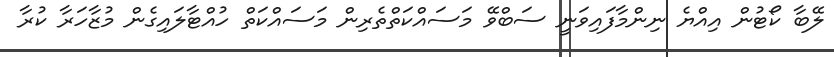
ލޭބާ ކޯޓުން އިއްޔެ ނިންމާފައިވަނީ ސަބްވޭ މަސައްކަތްތެރިން މަސައްކަތް ހުއްޓާލައިގެން މުޒާހަރާ ކުރާ